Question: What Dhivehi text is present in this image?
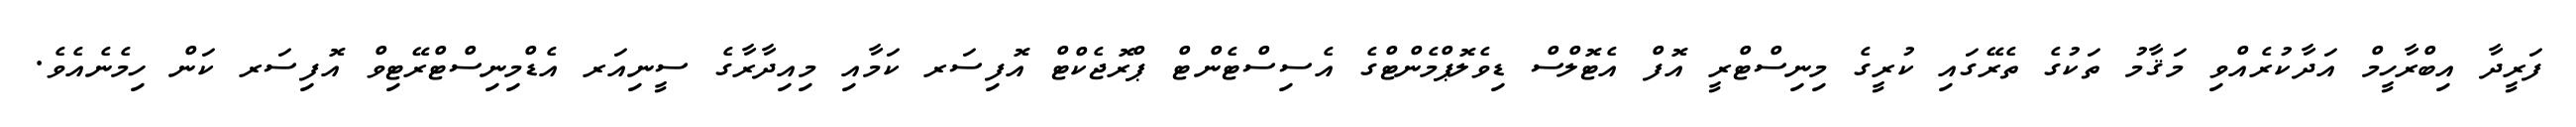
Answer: ފަރީދާ އިބްރާހީމް އަދާކުރެއްވި މަޤާމު ތަކުގެ ތެރޭގައި ކުރީގެ މިނިސްޓްރީ އޮފް އެޓޮލްސް ޑިވެލޮޕްމެންޓްގެ އެސިސްޓެންޓް ޕްރޮޖެކްޓް އޮފިސަރ ކަމާއި މިއިދާރާގެ ސީނިއަރ އެޑްމިނިސްޓްރޭޓިވް އޮފިސަރ ކަން ހިމެނެއެވެ.